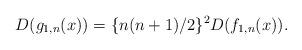
LaTeX: \begin{align*}D(g_{1,n}(x))=\{n(n+1)/2\}^{2}D(f_{1,n}(x)).\end{align*}